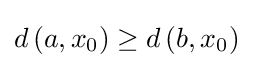
d\left(a,x_{0}\right)\geq d\left(b,x_{0}\right)